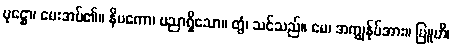
ပုဋ္ဌော၊ မေးအပ်၏။ နိပကော၊ ပညာရှိသော။ တွံ၊ သင်သည်။ မေ၊ အကျွန်ုပ်အား။ ဗြူဟိ၊